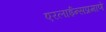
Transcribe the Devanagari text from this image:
एरलाईन्सप्रमाणे